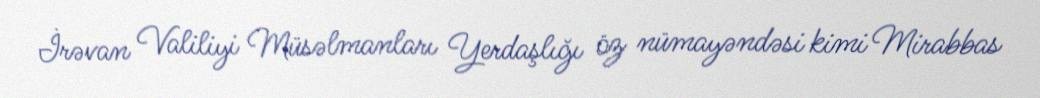
İrəvan Valiliyi Müsəlmanları Yerdaşlığı öz nümayəndəsi kimi Mirabbas